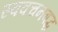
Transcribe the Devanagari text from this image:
स्ववचनबद्ध